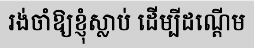
រង់ចាំឱ្យខ្ញុំស្លាប់ ដើម្បីដណ្តើម